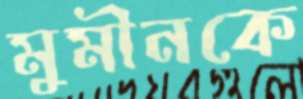
মুমীনকে